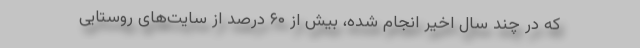
که در چند سال اخیر انجام شده، بیش از ۶۰ درصد از سایت‌های روستایی